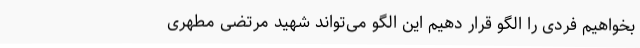
بخواهیم فردی را الگو قرار دهیم این الگو می‌تواند شهید مرتضی مطهری